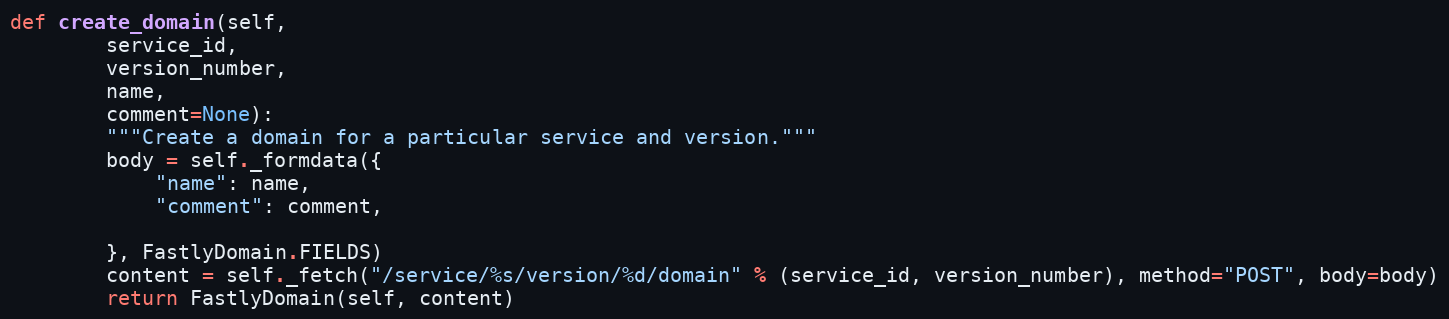
Language: Python
def create_domain(self,
		service_id,
		version_number,
		name,
		comment=None):
		"""Create a domain for a particular service and version."""
		body = self._formdata({
			"name": name,
			"comment": comment,

		}, FastlyDomain.FIELDS)
		content = self._fetch("/service/%s/version/%d/domain" % (service_id, version_number), method="POST", body=body)
		return FastlyDomain(self, content)